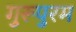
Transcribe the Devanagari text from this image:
गुरूपुरम